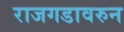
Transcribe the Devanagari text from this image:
राजगडावरुन